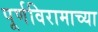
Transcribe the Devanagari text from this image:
पूर्णविरामाच्या